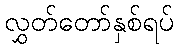
လွှတ်တော်နှစ်ရပ်